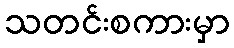
သတင်းစကားမှာ